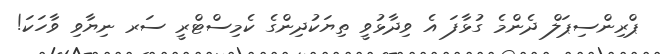
ޕްރިންސިޕަލް ދެންމެ ގުޅާފަ އެ ވިދާޅުވީ ތިޔަކުދިންގެ ކެމިސްޓްރީ ސަރ ނިޔާވި ވާހަކަ!